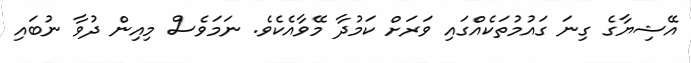
އޭޝިޔާގެ ގިނަ ގައުމުތަކެއްގައި ވަރަށް ކަމުދާ މޭވާއެކެވެ. ނަމަވެސް މިއިން ދުވާ ނުބައި